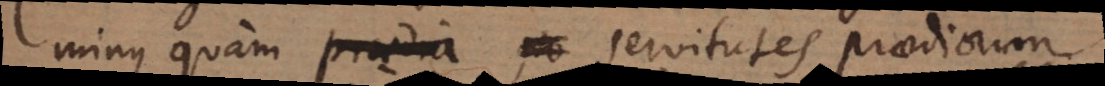
minus quam praedia servitutes praediorum